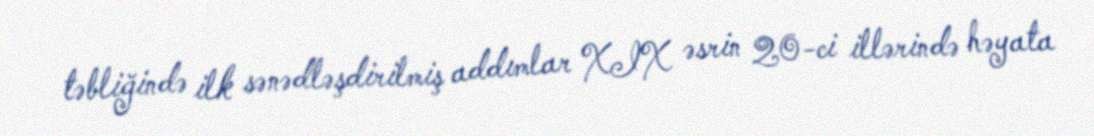
təbliğində ilk sənədləşdirilmiş addımlar XIX əsrin 20-ci illərində həyata